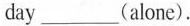
day___(alone).